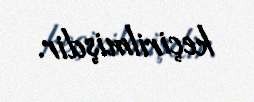
keçirilmişdir.